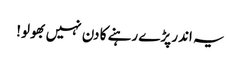
یہ اندر پڑے رہنے کا دن نہیں بھولو!